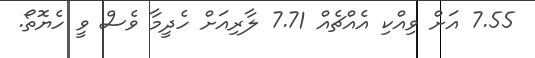
7.55 އަށް ވިއްކި އެއްޗެއް 7.71 ލާރިއަށް ހެދީމާ ވެސް ވީ ހެޔޮތޯ.